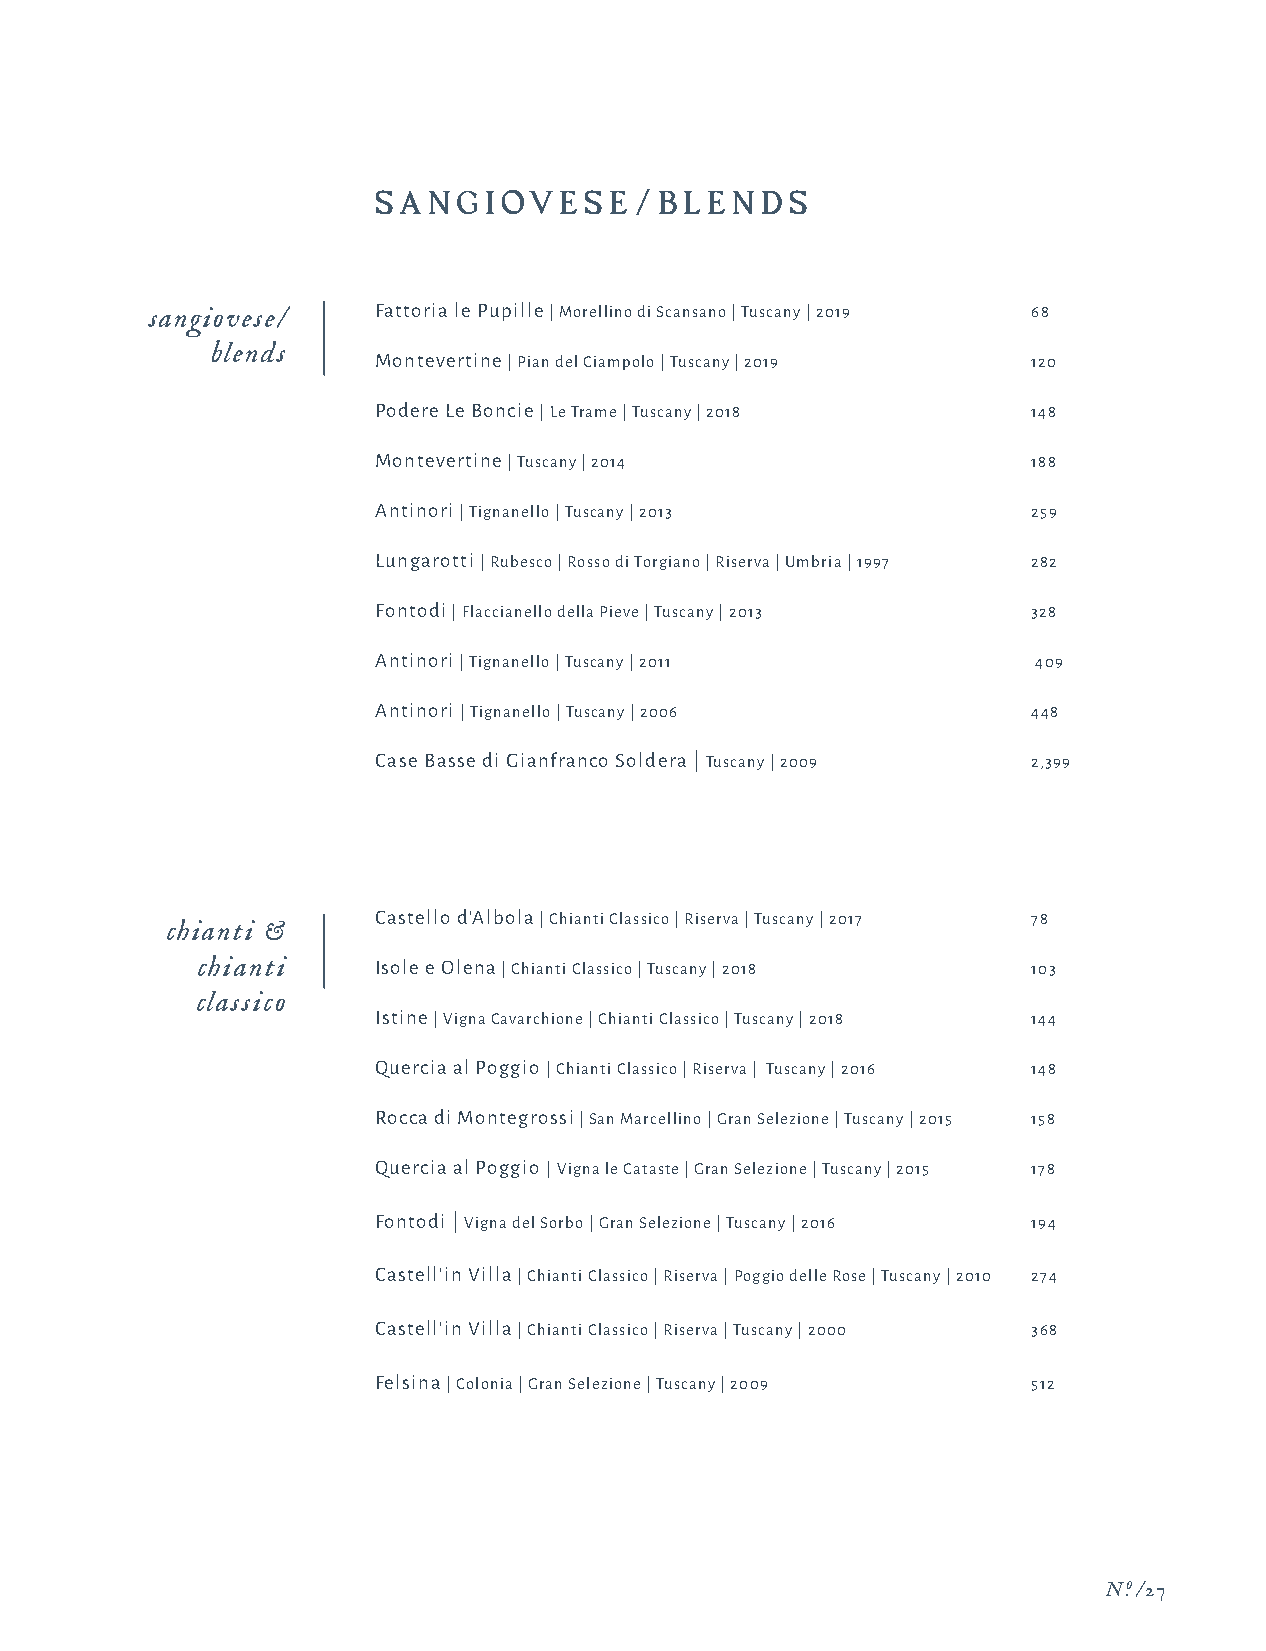
SA N GIOV   E SE/BLEN    D S
 sangiovese/    Fattoria le Pupille | Morellino di Scansano | Tuscany | 2019 68
 blends
 Montevertine | Pian del Ciampolo | Tuscany | 2019 120
 Podere Le Boncie | Le Trame | Tuscany | 2018 148
 Montevertine | Tuscany | 2014              188
 Antinori | Tignanello | Tuscany | 2013     259
 Lungarotti | Rubesco | Rosso di Torgiano | Riserva | Umbria | 1997 282
 Fontodi | Flaccianello della Pieve | Tuscany | 2013 328
 Antinori | Tignanello | Tuscany | 2011      409
 Antinori | Tignanello | Tuscany | 2006     448
 Case Basse di Gianfranco Soldera | Tuscany | 2009 2,399
 Castello d'Albola | Chianti Classico | Riserva | Tuscany | 2017 78
 chianti &
 chianti     Isole e Olena | Chianti Classico | Tuscany | 2018 103
 classico
 Istine | Vigna Cavarchione | Chianti Classico | Tuscany | 2018 144
 Quercia al Poggio | Chianti Classico | Riserva | Tuscany | 2016 148
 Rocca di Montegrossi | San Marcellino | Gran Selezione | Tuscany | 2015 158
 Quercia al Poggio | Vigna le Cataste | Gran Selezione | Tuscany | 2015 178
 Fontodi | Vigna del Sorbo | Gran Selezione | Tuscany | 2016 194
 Castell'in Villa | Chianti Classico | Riserva | Poggio delle Rose | Tuscany | 2010 274
 Castell'in Villa | Chianti Classico | Riserva | Tuscany | 2000 368
 Felsina | Colonia | Gran Selezione | Tuscany | 2009 512
 N.o /27